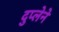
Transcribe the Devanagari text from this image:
दुप्लेने